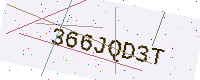
Text: 366JQD3T